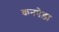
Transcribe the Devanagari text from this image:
कनपेड़ा